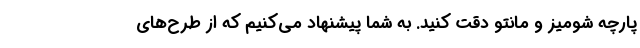
پارچه شومیز و مانتو دقت کنید. به شما پیشنهاد می‌کنیم که از طرح‌های